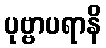
ပုဗ္ဗာပရာနိ